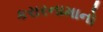
કરારનામાનો